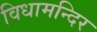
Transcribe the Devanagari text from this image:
विधामन्दिर